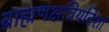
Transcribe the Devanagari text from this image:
ब्राह्मणक्षत्रियविशां